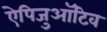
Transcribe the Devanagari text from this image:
ऐपिजुऑटिव